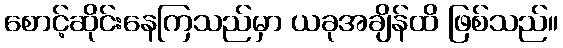
စောင့်ဆိုင်းနေကြသည်မှာ ယခုအချိန်ထိ ဖြစ်သည်။